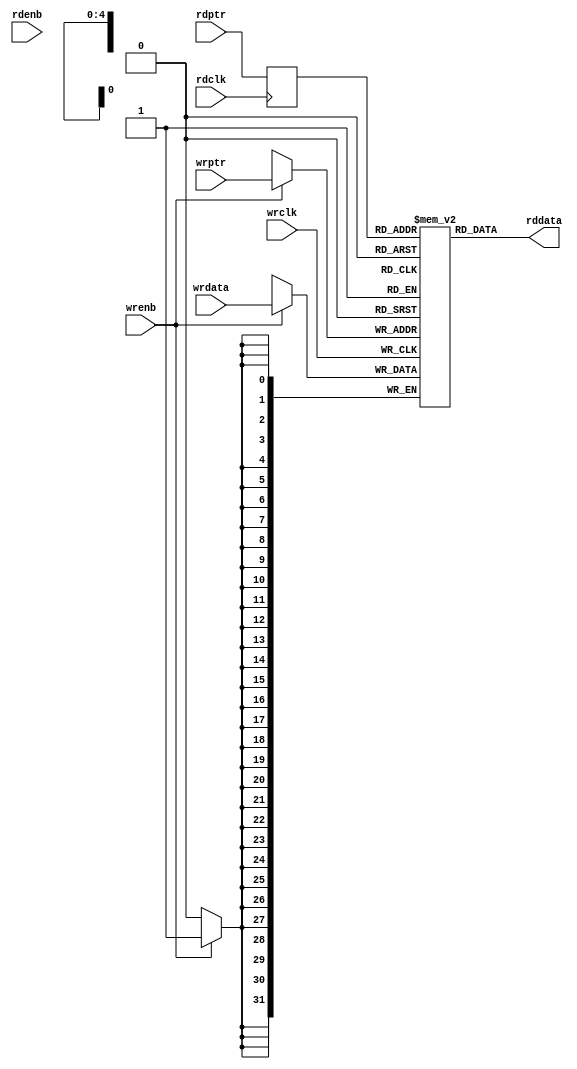
module async_fifo_ram (wrclk, rdclk, wrenb, wrptr, wrdata, rdenb, rdptr, rddata);
parameter ASYNC_FIFO_MAXINDEX = 4;
parameter ASYNC_FIFO_MAXDATA = 31;
input wrclk, rdclk;
input wrenb, rdenb;
input [ASYNC_FIFO_MAXINDEX:0] wrptr, rdptr;
input [ASYNC_FIFO_MAXDATA:0] wrdata;
output [ASYNC_FIFO_MAXDATA:0] rddata;
wire #1 dly_wrenb = wrenb;
wire [ASYNC_FIFO_MAXINDEX:0] #1 dly_wrptr = wrptr;
wire [ASYNC_FIFO_MAXDATA:0] #1 dly_wrdata = wrdata;
wire #1 dly_rdenb = rdenb;
wire [ASYNC_FIFO_MAXINDEX:0] #1 dly_rdptr = rdptr;
reg [ASYNC_FIFO_MAXDATA:0] mem[0:(1<<(ASYNC_FIFO_MAXINDEX+1))-1];
reg [ASYNC_FIFO_MAXINDEX:0] rdptr_reg;
assign rddata = mem[rdptr_reg];
always @ (posedge wrclk)
begin
  if (dly_wrenb) mem[dly_wrptr] = dly_wrdata;
end
always @ (posedge rdclk)
begin
  rdptr_reg = dly_rdptr;
end
endmodule